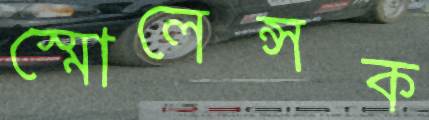
স্মোলেন্সক